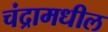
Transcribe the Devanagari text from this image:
चंद्रामधील